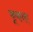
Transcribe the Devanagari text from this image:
कूकाए